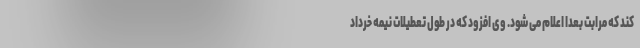
کند که مرابت بعدا اعلام می شود. وی افزود که در طول تعطیلات نیمه خرداد